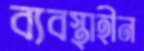
ব্যবস্থাহীন